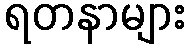
ရတနာများ